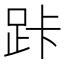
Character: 𮛑